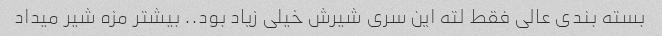
بسته بندی عالی فقط لته این سری شیرش خیلی زیاد بود.. بیشتر مزه شیر میداد